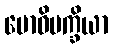
ဗောဓိပက္ခိယာ